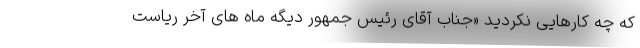
که چه کارهایی نکردید «جناب آقای رئیس جمهور دیگه ماه های آخر ریاست